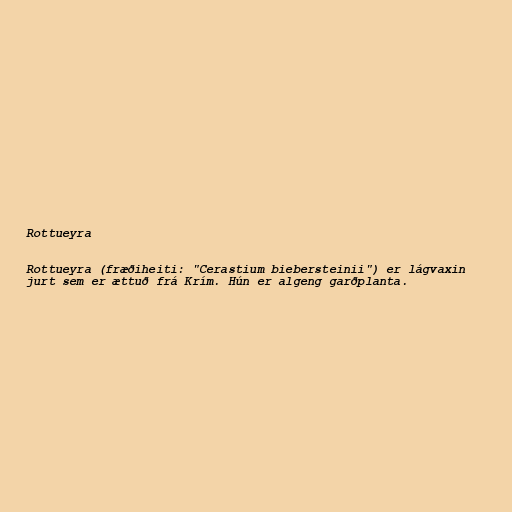
Rottueyra

Rottueyra (fræðiheiti: "Cerastium biebersteinii") er lágvaxin
jurt sem er ættuð frá Krím. Hún er algeng garðplanta.